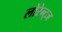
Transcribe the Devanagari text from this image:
लोरेन्ट्ज